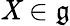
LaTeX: \mathit{X}\in{\mathfrak{{g}}}